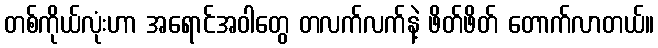
တစ်ကိုယ်လုံးဟာ အရောင်အဝါတွေ တလက်လက်နဲ့ ဖိတ်ဖိတ် တောက်လာတယ်။